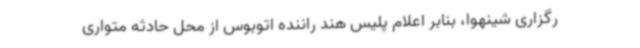
رگزاری شینهوا، بنابر اعلام پلیس هند راننده اتوبوس از محل حادثه متواری